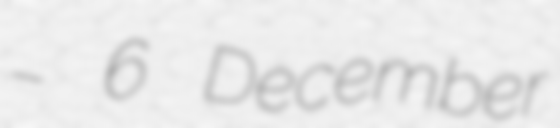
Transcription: – 6 December